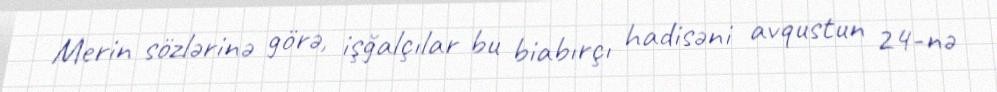
Merin sözlərinə görə, işğalçılar bu biabırçı hadisəni avqustun 24-nə